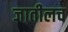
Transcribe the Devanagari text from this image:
जातीलच